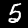
Label: 5